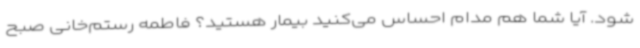
شود. آیا شما هم مدام احساس می‌کنید بیمار هستید؟ فاطمه رستم‌خانی صبح